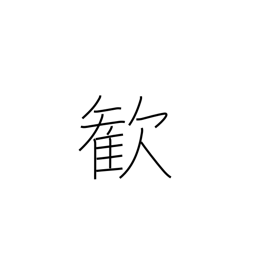
Meaning: delight